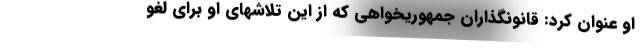
او عنوان کرد: قانونگذاران جمهوریخواهی که از این تلاشهای او برای لغو